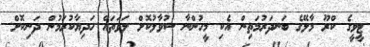
ޓީވީގެ ކްރޫ މާލޭގެ ބަނދަރުމަތިން އެކި މީހުންނާ ސުވާލުކޮށް ލަވަތައް ހަދިޔާކުރަމުން ދަނިކޮށް